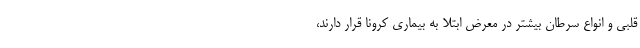
قلبی و انواع سرطان بیشتر در معرض ابتلا به بیماری کرونا قرار دارند،